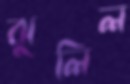
ঝুলিল